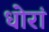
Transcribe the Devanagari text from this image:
धोरां